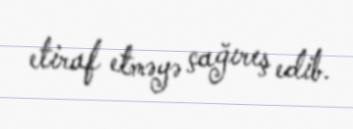
etiraf etməyə çağırış edib.